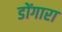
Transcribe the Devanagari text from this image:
डोंगारा